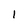
Character: 1